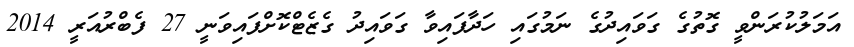
އަމަލުކުރަންވީ ގޮތުގެ ގަވައިދުގެ ނަމުގައި ހަދާފައިވާ ގަވައިދު ގެޒެޓްކޮށްފައިވަނީ 27 ފެބްރުއަރީ 2014